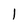
Character: 1